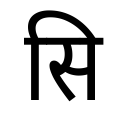
OCR:
सि